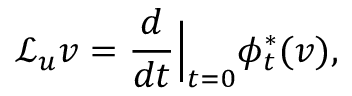
\mathcal { L } _ { u } v = \frac { d } { d t } \Big | _ { t = 0 } \phi _ { t } ^ { * } ( v ) ,